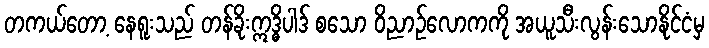
တကယ်တော့ နေရူးသည် တန်ခိုးဣဒ္ဓိပါဒ် စသော ဝိညာဉ်လောကကို အယူသီးလွန်းသောနိုင်ငံမှ